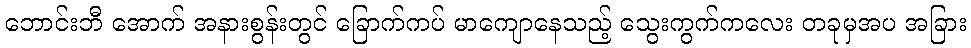
ဘောင်းဘီ အောက် အနားစွန်းတွင် ခြောက်ကပ် မာကျောနေသည့် သွေးကွက်ကလေး တခုမှအပ အခြား